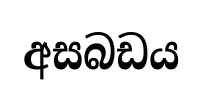
අසබඩය